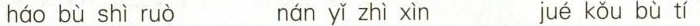
háo bù shì ruò nán yǐ zhì xìn jué kǒu bù tí